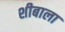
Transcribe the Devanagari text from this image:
शीबाला